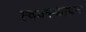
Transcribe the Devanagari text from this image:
त्वक्स्थापन